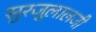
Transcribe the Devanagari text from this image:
सुरजूलालजी